Indian journal of veterinary science and animal husbandry - Volume 14,
Year: 1944
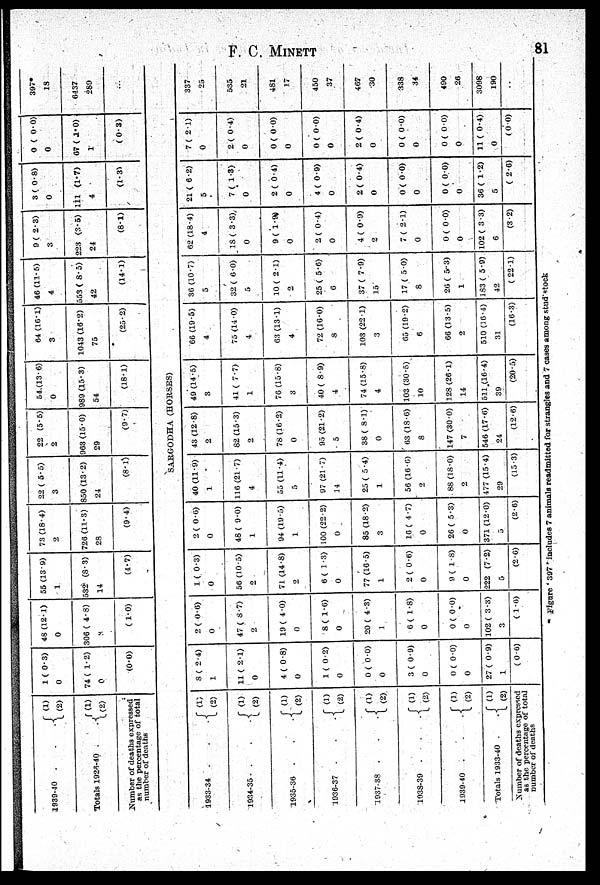
F. C. MINETT
81
1939-40 .
.
.
Totals 1926-40 .
.
Number of deaths expressed
as the percentage of total
number of deaths
1933-34 .
. .
1034-35 .
. .
1935-36 .
. .
1936-37 .
. .
1037-38
.
.
.
1038-39 .
.
.
1939-40 .
.
.
Totals 1933-40 .
. .
(1)
(2)
(1)
(2)
(1)
(2)
(1)
(2)
(1)
(2)
(1)
(2)
(1)
(2)
(1)
(2)
(1)
(2)
(1)
(2)
Number of deaths expressed
as the percentage of total
number of deaths
1 ( 0.3)
0
74 ( 1.2)
0
(0.0)
48 ( 12.1)
0
306 ( 4.8)
3
( 1.0)
55 ( 13.9)
1
532 ( 8.3)
14
(4.7)
73 ( 18.4)
2
726 ( 11.3)
28
(9.4)
22 ( 5.5)
3
850 (13.2)
24
(8.1)
22 (5.5)
2
963 (15.0)
29
(9.7)
54,(13.6)
0
989 (15.3)
54
(18.1)
64 (16.1)
3
1043 (16.2)
75
(25.2)
46 (11.5)
4
553 ( 8.5)
42
(14.1)
9 ( 2.3)
3
223 (3.5)
24
(8.1)
3 ( 0.8)
0
111 (1.7)
4
(1.3)
0 ( 0.0)
0
67 ( 1.0)
1
( 0.3)
397*
18
6437
289
...
SARGODHA (HORSES)
8 ( 2.4)
1
11 ( 2.1)
0
4 ( 0.8)
0
1 ( 0.2)
0
0 ( 0.0)
0
3 ( 0.9)
0
0 ( 0.0)
0
27 ( 0.9)
1
( 0.6)
2 ( 0.6)
0
47 ( 8.7)
2
19 ( 4.0)
0
8 ( 1.6)
0
20 ( 4.3)
1
6 ( 1.8)
0
0 ( 0.0)
0
102 ( 3.3)
3
( 1.6)
1 ( 0.3)
0
56 ( 10.5)
2
71 (14.8)
2
6 ( 1.3)
0
77 (16.5)
1
2 ( 0.6)
0
9 ( 1.8)
0
222 (7.2)
5
(2.6)
2 ( 0.6)
0
48 ( 9.0)
1
94 (19.5)
1
100 ( 22.2)
0
85 (18.2)
3
16 ( 4.7)
0
26 ( 5.3)
0
371 (12.0)
5
(2.6)
40 (11.9)
1
116 (21.7)
4
55 (11.4)
5
97 (21.7)
14
25 ( 5.4)
1
56 (16.6)
2
88 (18.0)
2
477 (15.4)
29
(15.3)
43 (12.8)
2
82 (15.3)
2
78 (16.2)
0
95 (21.2)
5
38 ( 8.1)
0
63 (18.6)
8
147 (30.0)
7
546 (17.6)
24
(12.6)
49 (14.5)
3
41 ( 7.7)
1
76 (15.8)
3
40 ( 8.9)
4
74 (15.8)
4
103 (30.5)
10
128 (26.1)
14
511 (16.4)
39
(20.5)
66 (19.5)
4
75 (14.0)
4
63 (13.1)
4
72 (16.0)
8
103 (22.1)
3
65 (19.2)
6
66 (13.5)
2
510 (16.4)
31
(16.3)
36 (10.7)
5
32 ( 6.0)
5
10 ( 2.1)
2
25 ( 5.6)
6
37 ( 7.9)
15
17 ( 5.0)
8
26 ( 5.3)
1
183 ( 5.9)
42
(22.1)
62 (18.4)
4
18 ( 3.3)
0
9 ( 1.9)
0
2 ( 0.4)
0
4 ( 0.9)
2
7 ( 2.1)
0
0 ( 0.0)
0
102 ( 3.3)
6
(3.2)
21 ( 6.2)
5
7 ( 1.3)
0
2 ( 0.4)
0
4 ( 0.9)
0
2 ( 0.4)
0
0 ( 0.0)
0
0 ( 0.0)
0
36 ( 1.2)
5
( 2.6)
7 ( 2.1)
0
2( 0.4)
0
0 ( 0.0)
0
0 ( 0.0)
0
2 ( 0.4)
0
0 ( 0.0)
0
0 ( 0.0)
0
11 ( 0.4)
0
( 0 0)
337
25
535
21
481
17
450
37
467
30
338
34
490
26
3098
190
..
Figure ' 397 ' includes 7 animals readmitted for strangles and 7 cases among stud'stock